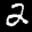
Label: 2